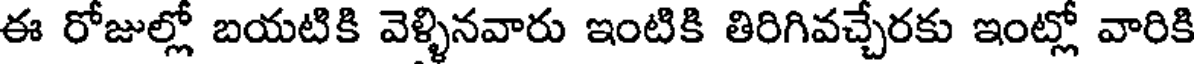
ఈ రోజుల్లో బయటికి వెళ్ళినవారు ఇంటికి తిరిగివచ్చేరకు ఇంట్లో వారికి